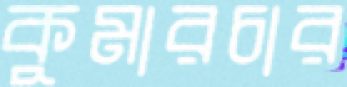
কুমারচার